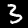
Digit: 3